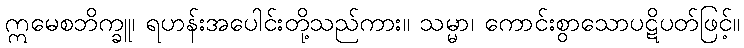
ဣမေစဘိက္ခူ၊ ရဟန်းအပေါင်းတို့သည်ကား။ သမ္မာ၊ ကောင်းစွာသောပဋိပတ်ဖြင့်။